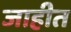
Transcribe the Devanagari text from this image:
जाहीत